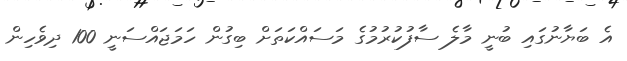
އެ ބަޔާނުގައި ބުނީ މާލެ ސާފުކުރުމުގެ މަސައްކަތަށް ބިގުން ހަމަޖައްސަނީ 100 ދިވެހިން